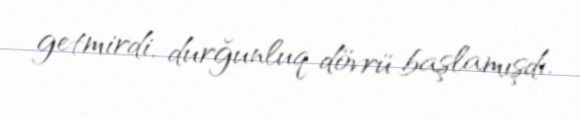
getmirdi, durğunluq dövrü başlamışdı.